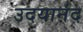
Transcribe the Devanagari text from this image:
उदयानंद